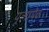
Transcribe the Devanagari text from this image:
यूलायेव